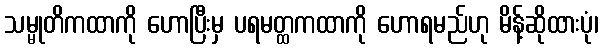
သမ္မုတိကထာကို ဟောပြီးမှ ပရမတ္ထကထာကို ဟောရမည်ဟု မိန့်ဆိုထားပုံ၊